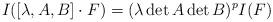
LaTeX: \begin{align*}I([\lambda,A,B]\cdot F)=(\lambda \det A \det B)^{p} I(F)\end{align*}